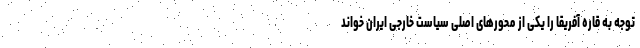
توجه به قاره آفریقا را یکی از محورهای اصلی سیاست خارجی ایران خواند